Report on the bubonic plague in Bombay, 1896-1897
Year: 1896
Disease focus: Plague
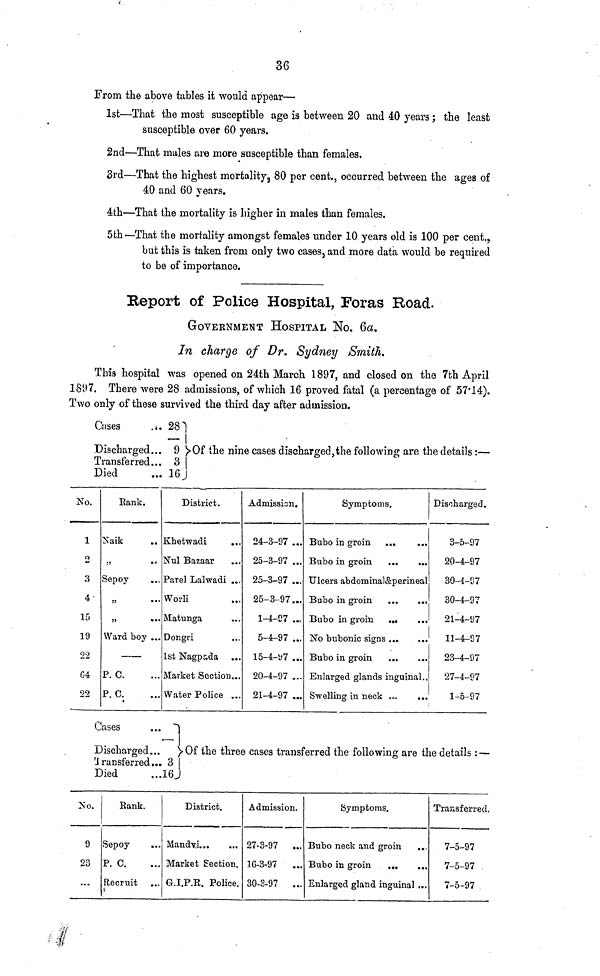
36
From the above tables it would appear—
1st—That the most susceptible age is between 20 and 40 years; the least
susceptible over 60 years.
2nd—That males are more susceptible than females.
3rd—That the highest mortality, 80 per cent., occurred between the ages of
40 and 60 years.
4th—That the mortality is higher in males than females.
5th—That the mortality amongst females under 10 years old is 100 per cent.,
but this is taken from only two cases, and more data would be required
to be of importance.
Report of Police Hospital, Foras Road.
GOVERNMENT HOSPITAL NO. 6a.
In charge of Dr. Sydney Smith.
This hospital was opened on 24th March 1897, and closed on the 7th April
1897. There were 28 admissions, of which 16 proved fatal (a percentage of 57.14).
Two only of these survived the third day after admission.
Cases
...
Discharged...
Transferred...
Died
28
—
9
3
16
Of the nine cases discharged, the following are the details :—
No.
1
2
3
4
15
19
22
64
22
Bank.
Naik
Sepoy
"
...
"
•••
Ward boy ...
—
P. C. ...
P. C. ...
District.
Khetwadi ...
Nul Bazaar ...
Parel Lalwadi ...
Worli ...
Matunga ...
Dongri ...
1st Nagpada ...
Market Section...
Water Police ...
Admission.
24-3-97 ...
25-3-97 ...
25-3-97 ...
25-3-97...
1-4-07 ...
5-4-97 ...
15-4-97 ...
20-4-97 ...
21-4-97 ...
Symptoms.
Bubo in groin ...
...
Bubo in groin
...
...
Ulcers abdominal&perineal
Bubo in groin
...
...
Bubo in groin
... ...
No bubonic signs ... ...
Bubo in groin ... ...
Enlarged glands inguinal...
Swelling in
neck...
...
Discharged.
3-5-97
20-4-97
30-4-07
30-4-97
21-4-97
11-4-97
23-4-97
27-4-97
1-5-97
Cases
...
—
Discharged....
Transferred... 3
Died
...16
Of the three cases transferred the following are the details :—
No.
9
23
...
Bank.
Sepoy ...
P. C. ...
Recruit ...
District.
Mandyi...
...
Market Section.
G.I.P.R. Police.
Admission.
27-3-97 ...
16-3-97 ...
30-3-97 ...
Symptoms.
Bubo neck and groin
...
Bubo in groin
...
...
Enlarged gland inguinal ...
Transferred.
7-5-97
7-5-97
7-5-97